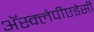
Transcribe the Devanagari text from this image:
अॅस्क्लेपीएडेसी